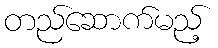
တည်ဆောက်မည့်